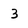
Character: 3